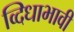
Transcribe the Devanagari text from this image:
व्दिधाभावी